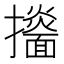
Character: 𢹙